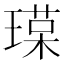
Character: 𤨷